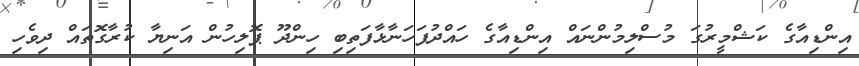
އިންޑިއާގެ ކަޝްމީރުގަ މުސްލިމުންނައް އިންޑިއާގެ ހައްދުފަހަނާޅާފަތިބި ހިންދޫ ޕޮލިހުން އަނިޔާ ކުުރާގޮތައް ދިވެހި